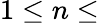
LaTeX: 1\leq n\leq